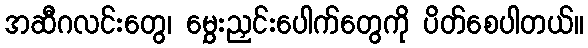
အဆီဂလင်းတွေ၊ မွှေးညှင်းပေါက်တွေကို ပိတ်စေပါတယ်။